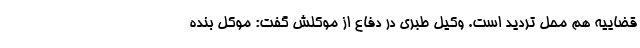
قضاییه هم محل تردید است. وکیل طبری در دفاع از موکلش گفت: موکل بنده